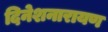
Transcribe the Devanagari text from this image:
दिनेशनारायण